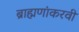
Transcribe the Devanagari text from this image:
ब्राह्मणांकरवी